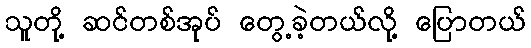
သူတို့ ဆင်တစ်အုပ် တွေ့ခဲ့တယ်လို့ ပြောတယ်